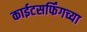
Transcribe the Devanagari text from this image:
काईटसर्फिंगच्या